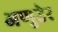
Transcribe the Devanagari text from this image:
अणुहेर